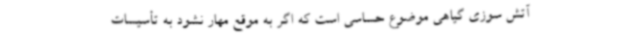
آتش سوزی گیاهی موضوع حساسی است که اگر به موقع مهار نشود به تأسیسات